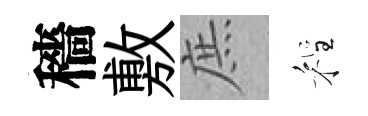
穡敷庶程